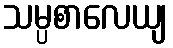
သမ္ပစာလေယျ